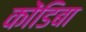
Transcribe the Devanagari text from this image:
कोंडिबा